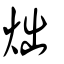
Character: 炪